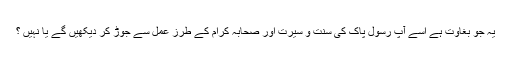
یہ جو بغاوت ہے اسے آپ رسول پاک کی سنت و سیرت اور صحابہ کرام کے طرز عمل سے جوڑ کر دیکھیں گے یا نہیں ؟